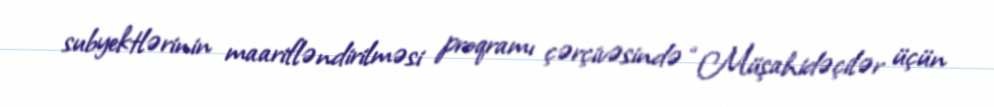
subyektlərinin maarifləndirilməsi proqramı çərçivəsində “Müşahidəçilər üçün